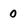
Character: 0